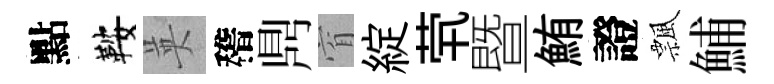
點鞍英稽𪔂窅綻茕暨鮪證飄鯆